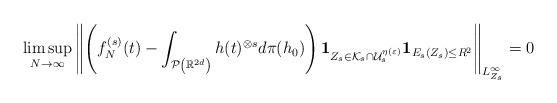
LaTeX: \begin{align*}\begin{aligned}& \limsup_{N\rightarrow \infty} \left\Vert \left( f_N^{(s)} (t) -\int_{\mathcal{P}\left( \mathbb{R}^{2d}\right)} h(t)^{\otimes s}d\pi(h_0) \right) \mathbf{1}_{Z_s \in \mathcal{K}_s\cap \mathcal{U}_s^{\eta(\varepsilon)}} \mathbf{1}_{E_s (Z_s)\leq R^2} \right\Vert_{L^\infty_{Z_s}} = 0\end{aligned}\end{align*}